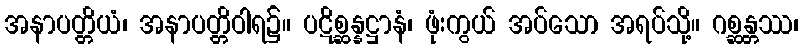
အနာပတ္တိယံ၊ အနာပတ္တိဝါရ၌။ ပဋိစ္ဆန္နဋ္ဌာနံ၊ ဖုံးကွယ် အပ်သော အရပ်သို့။ ဂစ္ဆန္တဿ၊